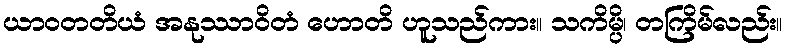
ယာဝတတိယံ အနုဿာဝိတံ ဟောတိ ဟူသည်ကား။ သကိမ္ပိ၊ တကြိမ်လည်း။